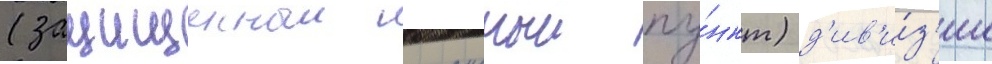
(защищенныи командныи пу́нкт) д'ив'и́з'ии